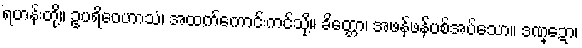
ရဟန်းတို့။ ဥပရိဝေဟာသံ၊ အထက်ကောင်းကင်သို့။ ခိတ္တော၊ အဖန်ဖန်ပစ်အပ်သော။ ဒဏ္ဍော၊